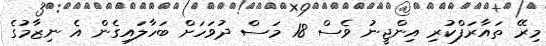
މިރޭ ތައާރަފްކުރި އިންޖީނު ވެސް 18 މަސް ދުވަހަށް ބަހާލައިގެން އެ ނިޒާމުގެ